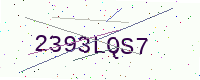
Text: 2393LQS7